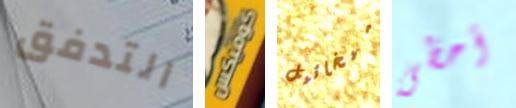
التدفق كوميكس ميخائيل أحظى